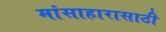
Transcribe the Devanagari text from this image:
मांसाहारासाठी